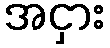
အငှား